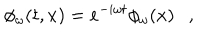
\phi _ { \omega } ( t , x ) = e ^ { - i \omega t } \phi _ { \omega } ( x ) ,